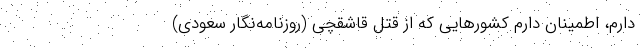
دارم، اطمينان دارم كشورهايي كه از قتل قاشقچي (روزنامه‌نگار سعودي)